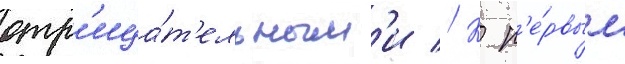
отр'ица́т'ельным'и // К п'е́рвым